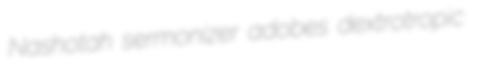
Nashotah sermonizer adobes dextrotropic